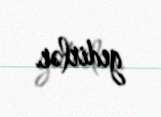
gedirlər.